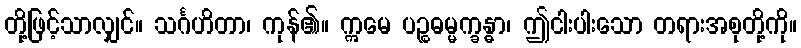
တို့ဖြင့်သာလျှင်။ သင်္ဂဟိတာ၊ ကုန်၏။ ဣမေ ပဉ္စဓမ္မက္ခန္ဓာ၊ ဤငါးပါးသော တရားအစုတို့ကို။